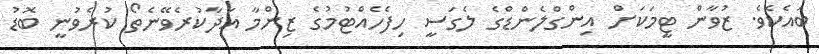
ބައެކެވެ. ޒުވާން ޓީމަކަށް އިންގްލެންޑްގެ ލެގަސީ ހިފެހެއްޓުމުގެ ޒިންމާ އަދާކުރެވޭނެތޯ ކުރެވުނީ ބޮޑު